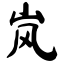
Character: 岚